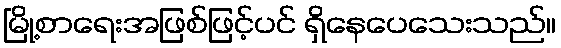
မြို့စာရေးအဖြစ်ဖြင့်ပင် ရှိနေပေသေးသည်။